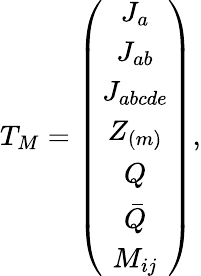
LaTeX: T_{M}=\left(\begin{array}{c}{{J_{a}}}\\ {{J_{ab}}}\\ {{J_{abcde}}}\\ {{Z_{(m)}}}\\ {{Q}}\\ {{\bar{Q}}}\\ {{M_{ij}}}\end{array}\right),